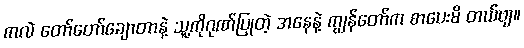
ကလဲ တော်တော်ချောတာနဲ့ သူ့ကိုဂုဏ်ပြုတဲ့ အနေနဲ့ ကျွန်တော်က စာပေးမိ တယ်ဗျ။